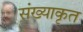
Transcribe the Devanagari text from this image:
संख्याकृत